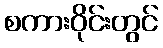
စကားဝိုင်းတွင်